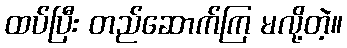
ထပ်ပြီး တည်ဆောက်ကြ မလို့တဲ့။